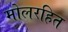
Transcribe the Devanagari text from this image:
मोलरहित